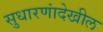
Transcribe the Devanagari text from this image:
सुधारणांदेखील